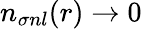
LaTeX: n_{\sigma nl}(r)\to 0